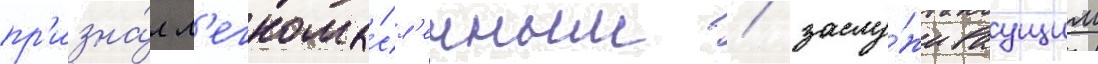
пр'изна́л л'егкомы́сл'енным / заслу́живаущим